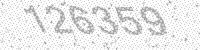
Solution: 126359